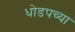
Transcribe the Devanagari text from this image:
धोडपच्या